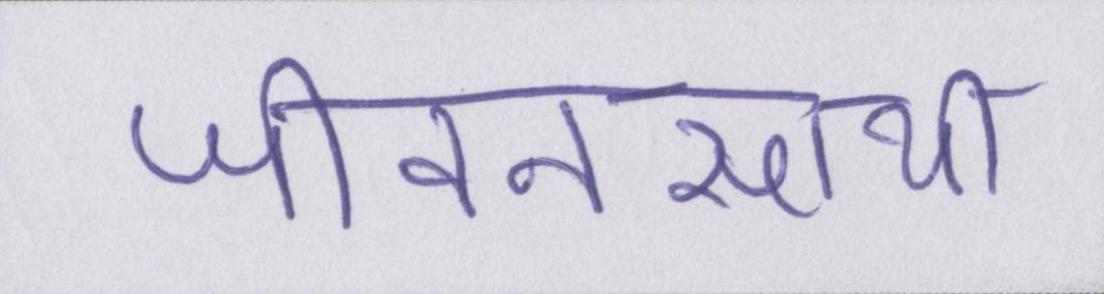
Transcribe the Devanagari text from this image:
जीवनसाथी